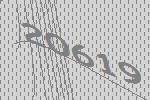
20619